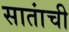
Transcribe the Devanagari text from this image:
सातांची